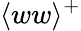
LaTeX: \langle ww\rangle^{+}